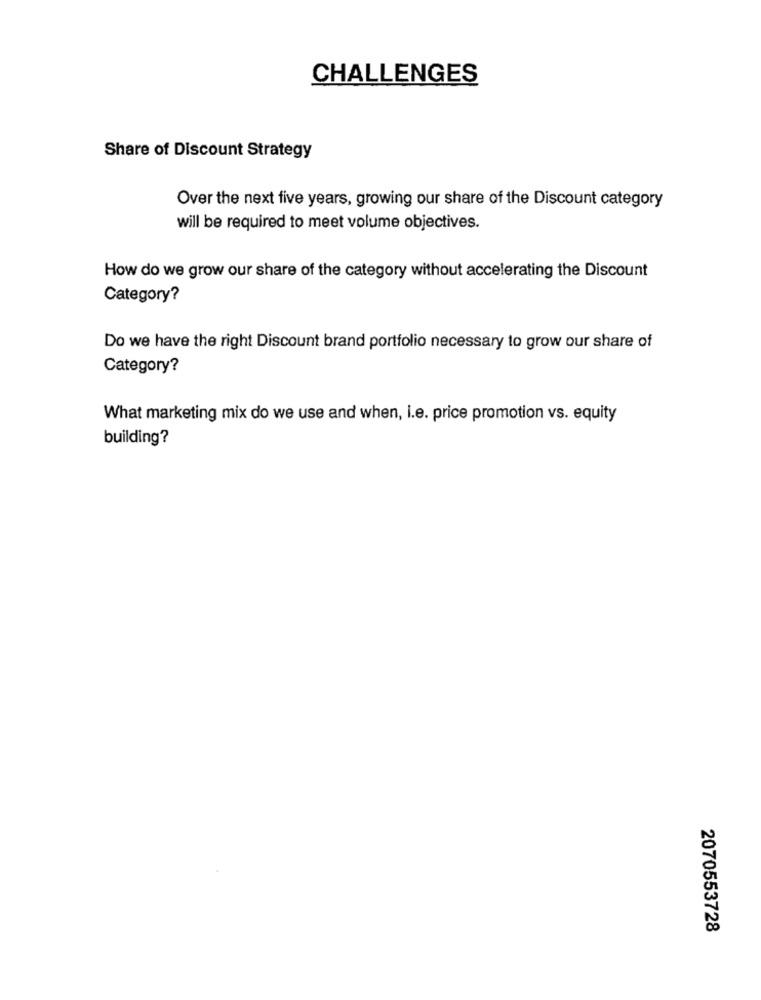
CHALLENGES
Share of Discount Strategy
Over the next five years, growing our share of the Discount category
will be required to meet volume objectives.
How do we grow our share of the category without accelerating the Discount
Category?
Do we have the right Discount brand portfolio necessary to grow our share of
Category?
What marketing mix do we use and when, i.e. price promotion vs. equity
building?
2070553728